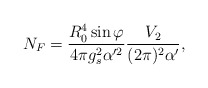
\begin{align*}N_F=\frac{R_0^4\sin\varphi}{4\pi g_s^2 \alpha'^2}\frac{V_2}{(2\pi)^2\alpha'},\end{align*}